Lunatic asylums Madras 1877-1891 - 1877-1891
Year: 1877
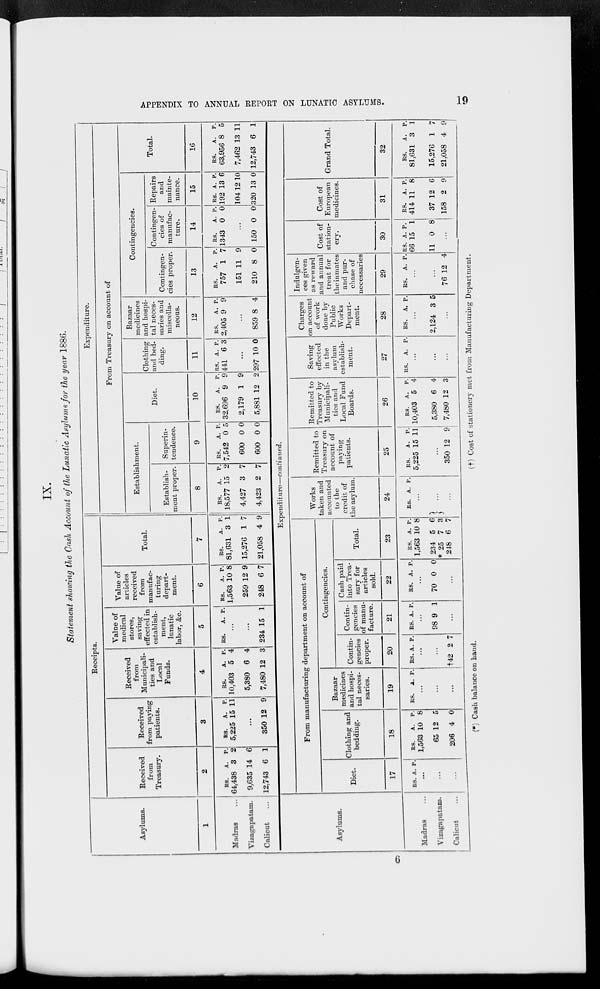
APPENDIX TO ANNUAL REPORT ON LUNATIC ASYLUMS.
19
IX.
Statement showing the Cash Account of the Lunatic Asylums for the year 1886.
Asylums.
1
Madras ...
Vizagapatam.
Calicut ...
Receipts.
Received
from
Treasury.
2
RS.
64,438
9,635
12,743
A.
3
14
6
P.
2
6
1
Received
from paying
patients.
3
RS.
5,225
A.
15
P.
11
...
350 12 9
Received
from
Municipali-
ties and
Local
Funds.
4
RS.
10,403
5,380
7,480
A.
5
6
12
P.
4
4
3
Value of
medical
stores,
saving
effected in
establish-
ment,
lunatic
labor, &c.
5
RS.
A.
P.
...
...
234 15 1
Value of
articles
received
from
manufac-
turing
depart-
ment.
6
RS.
1,563
259
248
A.
10
12
6
P.
8
9
7
Total.
7
RS.
81,631
15,276
21,058
A.
3
1
4
P.
1
7
9
Expenditure.
From Treasury on account of
Establishment.
Establish-
ment proper.
8
RS.
18,577
4,427
4,423
A.
15
3
2
P.
2
7
7
Superin-
tendence.
9
RS.
7,542
600
600
A.
0
0
0
P.
5
0
0
Diet.
10
RS.
32,696
2,179
5,881
A.
9
1
12
P.
9
9
2
Clothing
and bed-
ding.
11
RS.
441
A.
6
P.
3
...
297 10 0
Bazaar
medicines
and hospi-
tal neces-
saries and
miscella-
neous.
12
RS.
2,405
A.
9
P.
9
...
859 8 4
Contingencies.
Contingen-
cies proper.
13
RS.
757
151
210
A.
1
11
8
P.
7
9
0
Contingen-
cies of
manufac-
ture.
14
RS.
1343
A.
0
P.
0
...
150 0 0
Repairs
and
mainte-
nance.
15
RS.
192
104
320
A.
13
12
13
P.
6
10
0
Total.
16
RS.
63,956
7,462
12,743
A.
8
13
6
P.
5
11
1
Asylums.
Madras ...
Vizagapatam.
Calicut ...
Expenditure—continued.
From manufacturing department on account of
Diet.
17
RS. A. P.
...
...
...
Clothing and
bedding.
18
RS.
1,563
65
206
A.
10
12
4
P.
8
5
0
Bazaar
medicines
and hospi-
tal neces-
saries.
19
RS. A. P.
...
...
...
Contingencies.
Contin-
gencies
proper.
20
RS. A. P.
...
...
†42 2 7
Contin-
gencies
of manu-
facture.
21
RS. A. P.
...
98 9 1
...
Cash paid
into Trea-
sury for
articles
sold.
22
RS. A. P.
...
70 0 0
...
Total.
23
RS.
1,563
234
* 25
248
A.
10
5
7
6
p.
8
6
3
7
Works
taken and
accounted
to the
credit of
the asylum.
24
RS. A. P.
...
...
...
Remitted to
Treasury on
account of
paying
patients.
25
RS.
5,225
A.
15
P.
11
...
350 12 9
Remitted to
Treasury by
Municipali-
ties and
Local Fund
Boards.
26
RS.
10,403
5,380
7,480
A.
5
6
12
P.
4
4
3
Saving
effected
in the
asylum
establish-
ment.
27
RS. A. P.
...
...
...
Charges
on account
of work
done by
Public
Works
Depart-
ment.
28
RS.
A. P.
...
2,124 3 5
...
Indulgen-
ces given
as reward
and annual
treat for
theinmates
and pur-
chase of
necessaries
29
RS.
A. P.
...
...
76 12 4
Cost of
station-
ery.
30
RS.
66
11
A.
15
0
P.
1
8
...
Cost of
European
medicines.
31
RS.
414
37
158
A.
11
12
2
P.
8
6
9
Grand Total.
32
RS.
81,631
15,276
21,058
A.
3
1
4
P.
1
7
9
(*) Cash balance on hand.
(†) Cost of stationery met from Manufacturing Department.
6